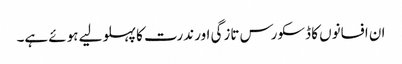
ان افسانوں کا ڈسکورس تازگی اور ندرت کا پہلو لیے ہوئے ہے۔